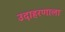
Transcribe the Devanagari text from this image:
उदाहरणाला